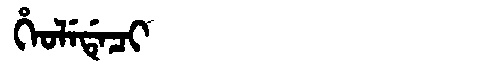
Manchu: ᡥᡝᠣᠯᡝᡩᡝᠴᡳ
Romanization: HEOLEDECI